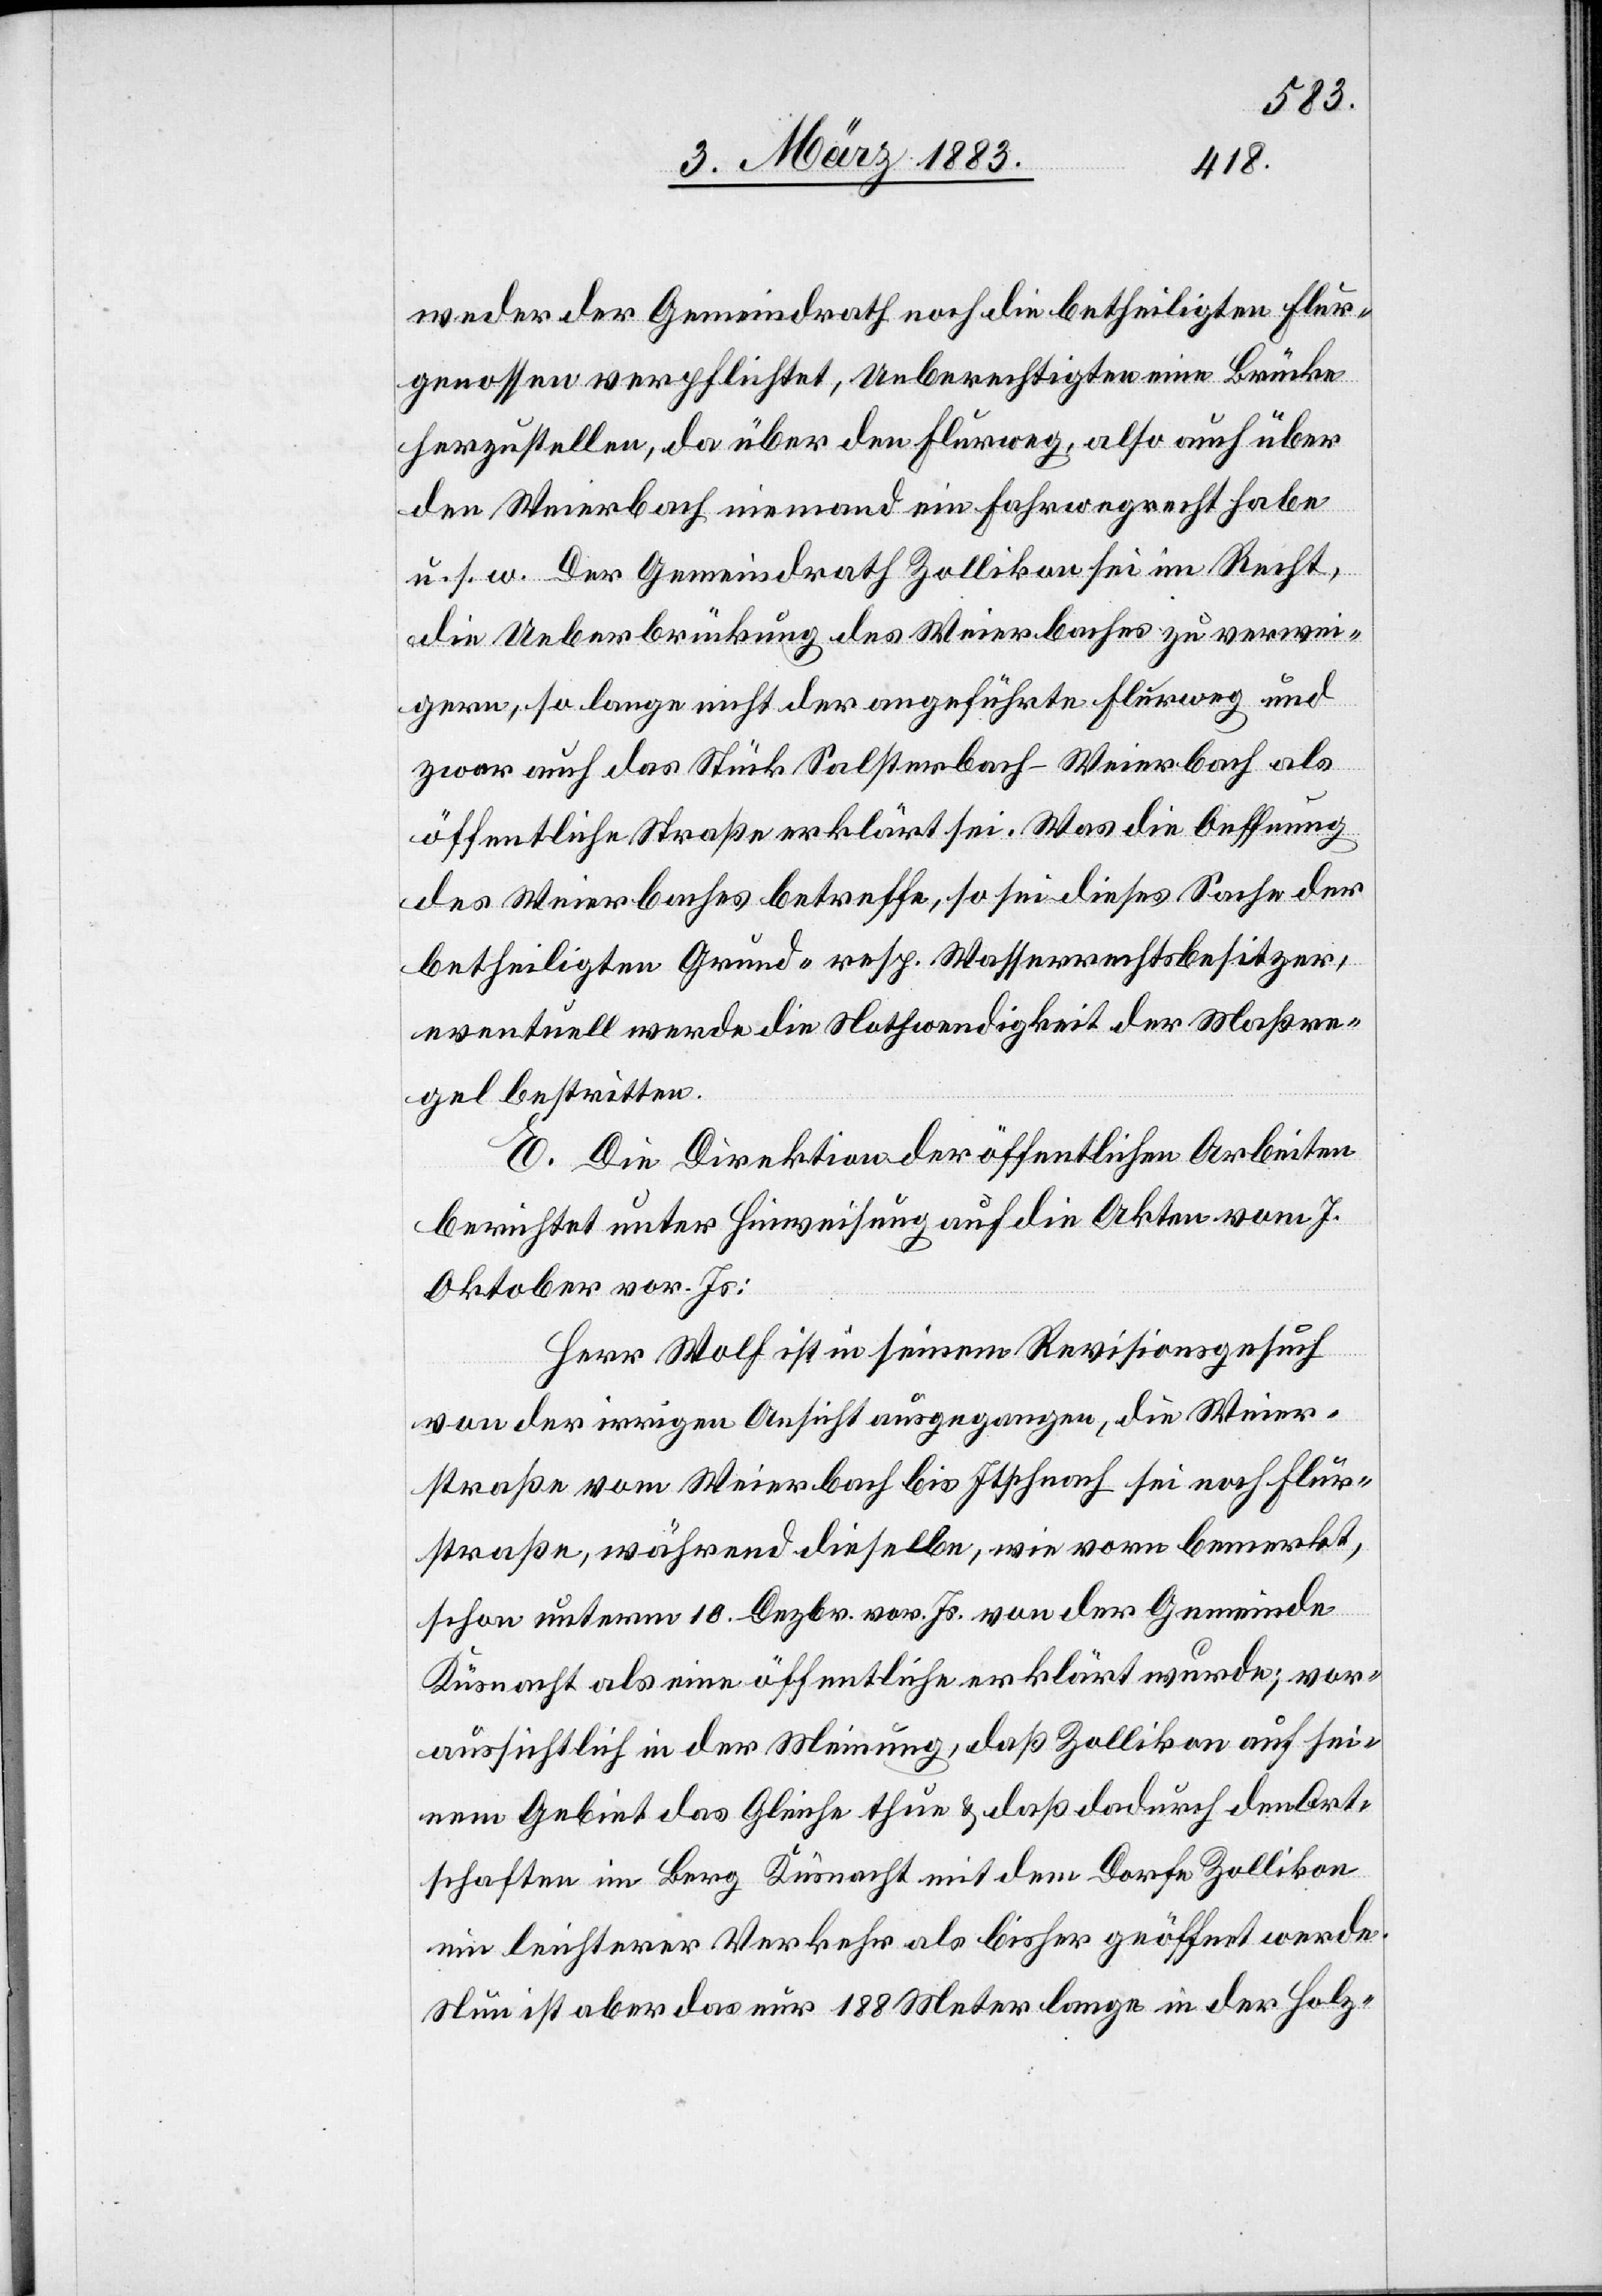
weder der Gemeindrath noch die betheiligten Flur¬
genossen verpflichtet, Unberechtigten eine Brücke
herzustellen, da über den Flurweg, also auch über
den Weierbach niemand ein Fahrwegrecht habe
u. s. w. Der Gemeindrath Zollikon sei im Recht,
die Ueberbrückung des Weierbaches zu verwei¬
gern, so lange nicht der angeführte Flurweg &
zwar auch das Stück Salsterbach–Weierbach als
öffentliche Straße erklärt sei. Was die Oeffnung
des Weierbaches betreffe, so sei dieses Sache der
betheiligten Grund- resp. Wasserrechtsbesitzer,
eventuell werde die Nothwendigkeit der Maßre¬
gel bestritten.
E. Die Direktion der öffentlichen Arbeiten
berichtet unter Hinweisung auf die Akten vom 7.
Oktober vor. Js:
Herr Wolf ist in seinem Revisionsgesuch
von der irrigen Ansicht ausgegangen, die Weier¬
straße vom Weierbach bis Itschnach sei noch Flur¬
straße, während dieselbe, wie vorn bemerkt,
schon unterm 10. Dezbr. vor. Js. von der Gemeinde
Küsnacht als eine öffentliche erklärt wurde; vor¬
aussichtlich in der Meinung, daß Zollikon auf sei¬
nem Gebiet das Gleiche thun & daß dadurch den Ort¬
schaften im Berg Küsnacht mit dem Dorfe Zollikon
ein leichterer Verkehr als bisher geöffnet werde.
Nun ist aber das nur 188 Meter lange in der Holz-